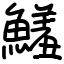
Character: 鱃